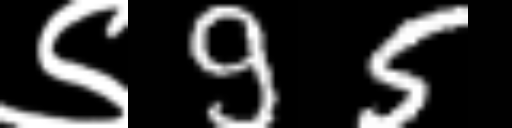
Text: ९95